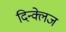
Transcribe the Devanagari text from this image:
दिन्क्लेज